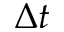
\Delta t